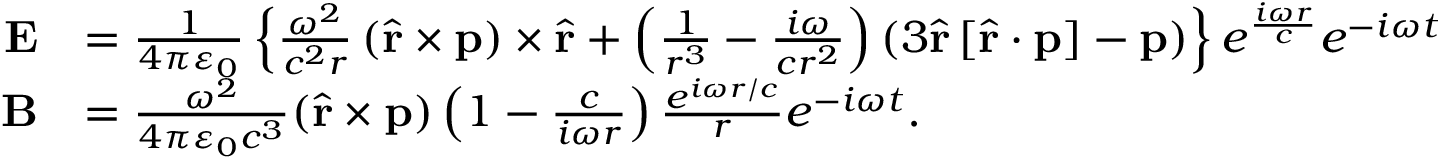
{ \begin{array} { r l } { \mathbf { E } } & { = { \frac { 1 } { 4 \pi \varepsilon _ { 0 } } } \left\{ { \frac { \omega ^ { 2 } } { c ^ { 2 } r } } \left( { \hat { \mathbf { r } } } \times \mathbf { p } \right) \times { \hat { \mathbf { r } } } + \left( { \frac { 1 } { r ^ { 3 } } } - { \frac { i \omega } { c r ^ { 2 } } } \right) \left( 3 { \hat { \mathbf { r } } } \left[ { \hat { \mathbf { r } } } \cdot \mathbf { p } \right] - \mathbf { p } \right) \right\} e ^ { \frac { i \omega r } { c } } e ^ { - i \omega t } } \\ { \mathbf { B } } & { = { \frac { \omega ^ { 2 } } { 4 \pi \varepsilon _ { 0 } c ^ { 3 } } } ( { \hat { \mathbf { r } } } \times \mathbf { p } ) \left( 1 - { \frac { c } { i \omega r } } \right) { \frac { e ^ { i \omega r / c } } { r } } e ^ { - i \omega t } . } \end{array} }